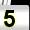
Digit: 5